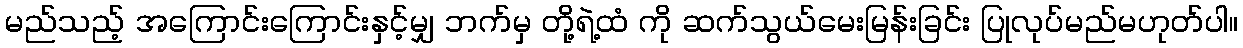
မည်သည့် အကြောင်းကြောင်းနှင့်မျှ ဘက်မှ တို့ရဲ့ထံ ကို ဆက်သွယ်မေးမြန်းခြင်း ပြုလုပ်မည်မဟုတ်ပါ။